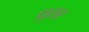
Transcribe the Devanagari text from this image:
धुसर